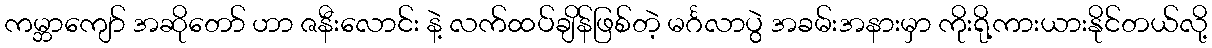
ကမ္ဘာကျော် အဆိုတော် ဟာ ဇနီးလောင်း နဲ့ လက်ထပ်ချိန်ဖြစ်တဲ့ မင်္ဂလာပွဲ အခမ်းအနားမှာ ကိုးရို့ကားယားနိုင်တယ်လို့